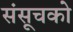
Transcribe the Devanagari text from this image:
संसूचको